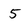
Character: 5